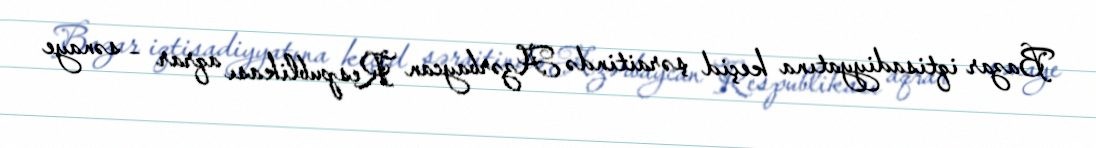
Bazar iqtisadiyyatına keçid şəraitində Azərbaycan Respublikası aqrar – sənaye